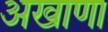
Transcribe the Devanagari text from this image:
अखाणा